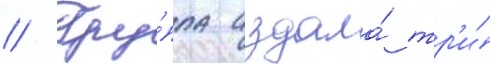
// Гру́ппа издала́ тр'и́